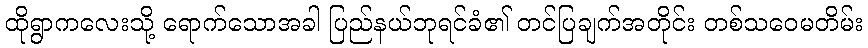
ထိုရွာကလေးသို့ ရောက်သောအခါ ပြည်နယ်ဘုရင်ခံ၏ တင်ပြချက်အတိုင်း တစ်သဝေမတိမ်း